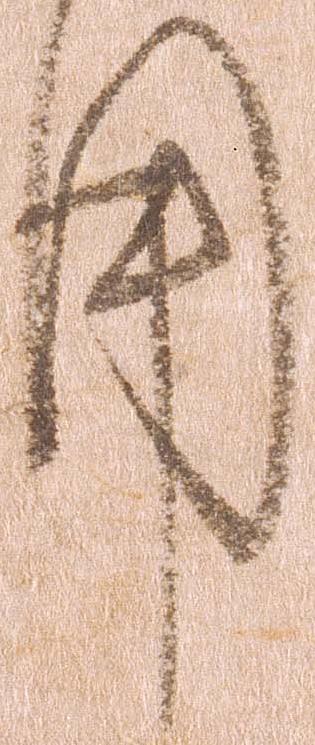
用